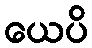
ယေပိ